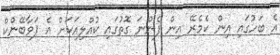
އެ ބަހުގައި އިން ކެމެރޭ އިން ފެންނަ ގޮތުގައި ކުއްލިއަކަށް އެ ޕަވާބޭންކް